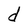
Character: d